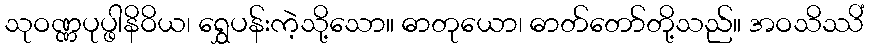
သုဝဏ္ဏပုပ္ဖါနိဝိယ၊ ရွှေပန်းကဲ့သို့သော။ ဓာတုယော၊ ဓာတ်တော်တို့သည်။ အဝသိဿိံ